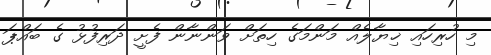
މި ހުރިހައި ޚިޔާލެއް މަންމަގެ ހިތަށް ވަންނާން ފެށީ ދަރިފުޅު ގެ ބައްޕަ